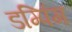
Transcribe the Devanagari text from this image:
डम्पिंग